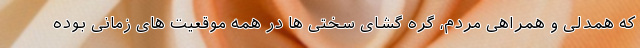
که همدلی و همراهی مردم، گره گشای سختی ها در همه موقعیت های زمانی بوده